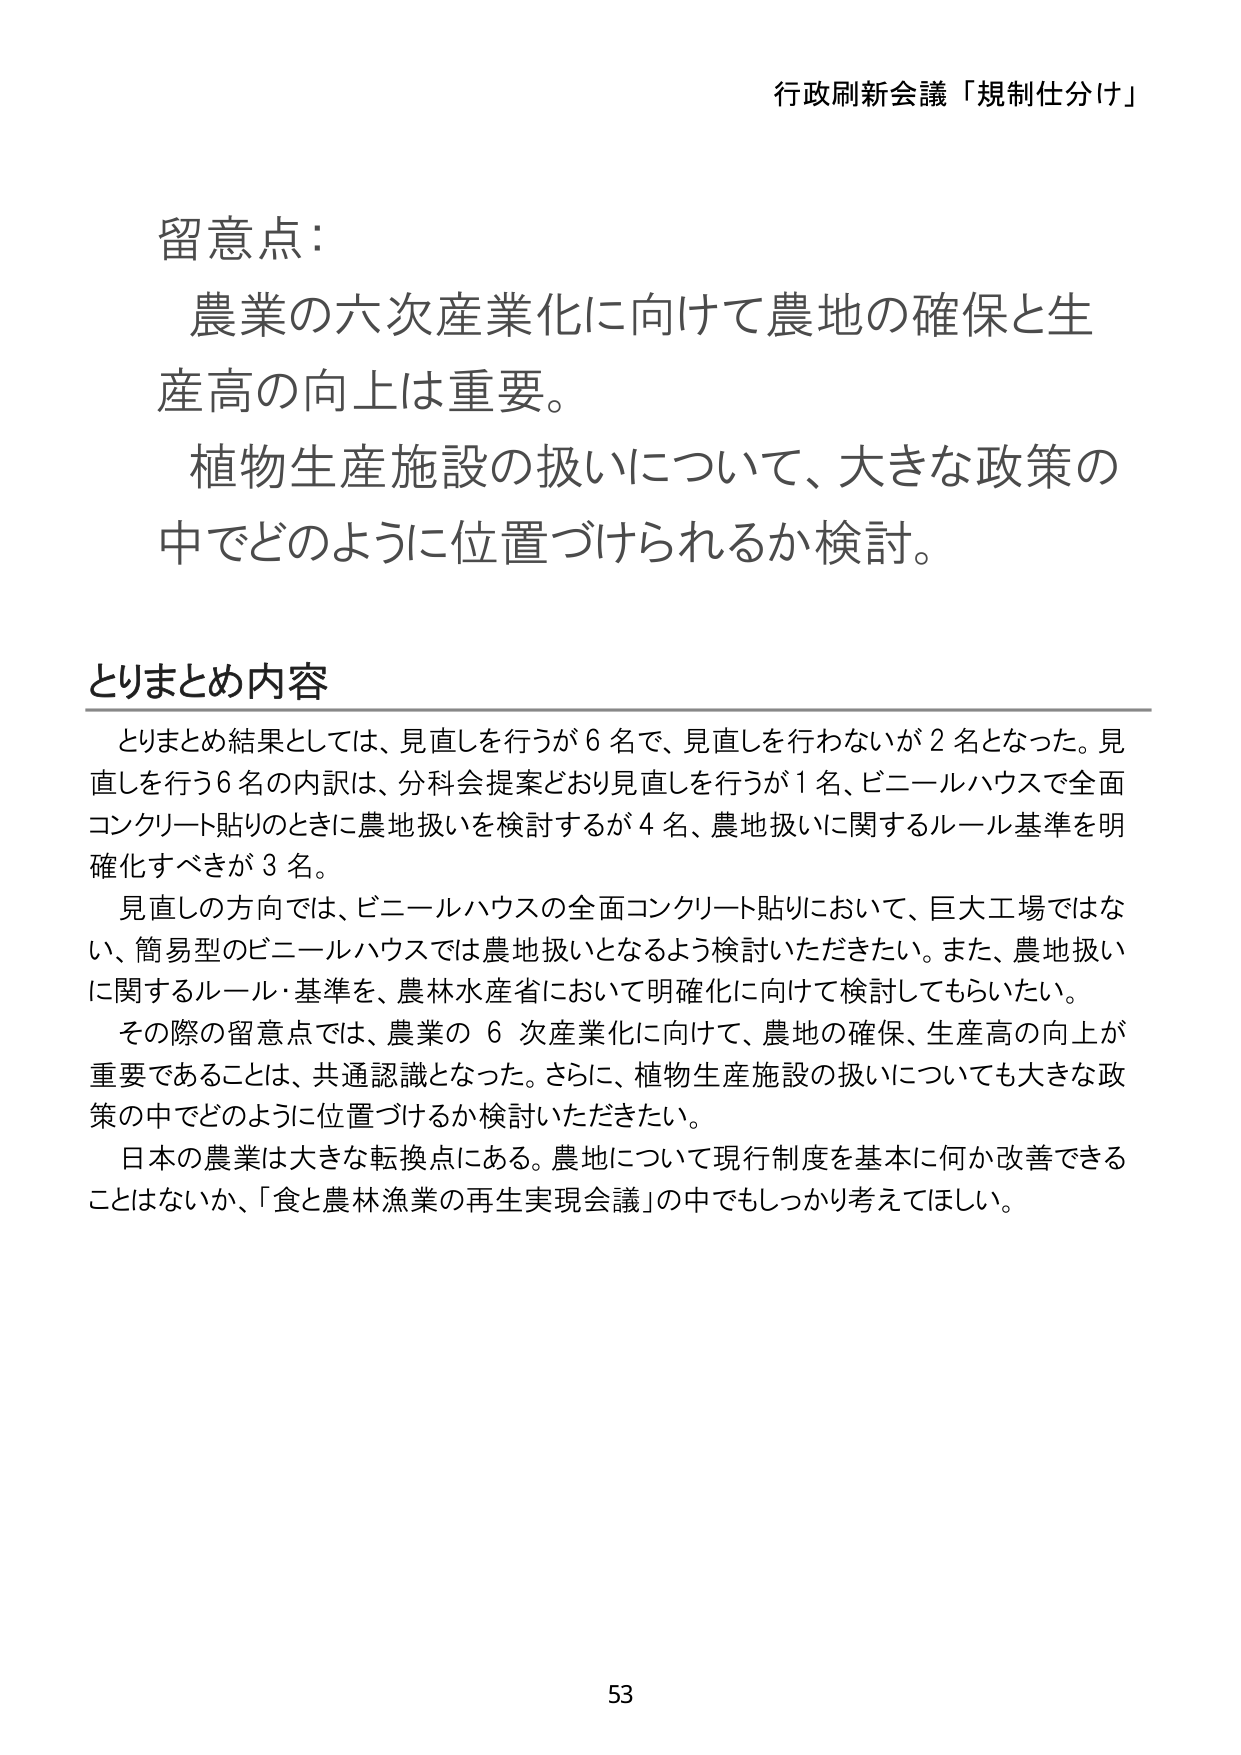
行政刷新会議「規制仕分け」

留意点：
農業の六次産業化に向けて農地の確保と生
産高の向上は重要。
植物生産施設の扱いについて、大きな政策の
中でどのように位置づけられるか検討。

とりまとめ内容
　とりまとめ結果としては、見直しを行うが６名で、見直しを行わないが２名となった。見
直しを行う６名の内訳は、分科会提案どおり見直しを行うが１名、ビニールハウスで全面
コンクリート貼りのときに農地扱いを検討するが４名、農地扱いに関するルール基準を明
確化すべきが３名。
　見直しの方向では、ビニールハウスの全面コンクリート貼りにおいて、巨大工場ではな
い、簡易型のビニールハウスでは農地扱いとなるよう検討いただきたい。また、農地扱い
に関するルール・基準を、農林水産省において明確化に向けて検討してもらいたい。
　その際の留意点では、農業の６次産業化に向けて、農地の確保、生産高の向上が
重要であることは、共通認識となった。さらに、植物生産施設の扱いについても大きな政
策の中でどのように位置づけるか検討いただきたい。
　日本の農業は大きな転換点にある。農地について現行制度を基本に何か改善できる
ことはないか、「食と農林漁業の再生実現会議」の中でもしっかり考えてほしい。

53